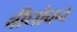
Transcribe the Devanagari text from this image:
बीधोवन